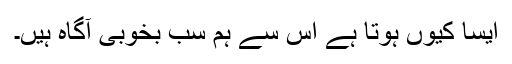
ایسا کیوں ہوتا ہے اس سے ہم سب بخوبی آگاہ ہیں۔